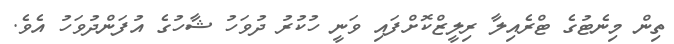
ތިން މިނެޓުގެ ޓްރެއިލާ ރިލީޒްކޮށްފައި ވަނީ ހުކުރު ދުވަހު ޝާހުގެ އުފަންދުވަހު އެވެ.